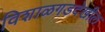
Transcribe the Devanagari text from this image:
विशाळगडदेखील